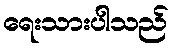
ရေးသားပါသည်